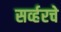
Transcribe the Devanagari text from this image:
सर्व्हरचे